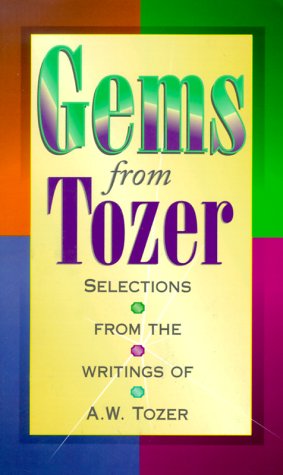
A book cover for Gems from Tozer; A. W. Tozer; Christian Books & Bibles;